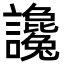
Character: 讒